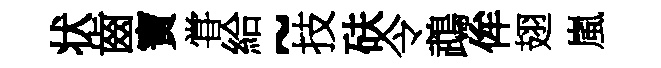
状齒寶甞給~技砆令鵡侔翅嵐